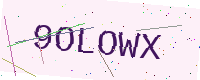
Text: 9OLOWX